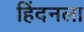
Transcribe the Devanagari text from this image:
हिंदनला